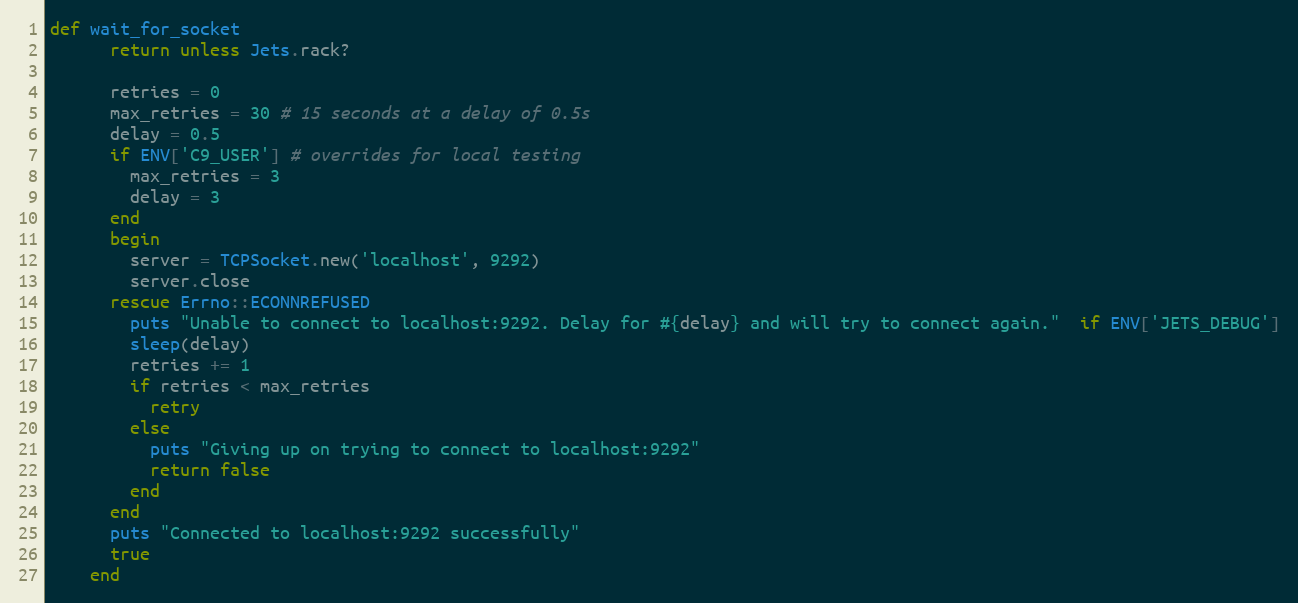
Language: Ruby
def wait_for_socket
      return unless Jets.rack?

      retries = 0
      max_retries = 30 # 15 seconds at a delay of 0.5s
      delay = 0.5
      if ENV['C9_USER'] # overrides for local testing
        max_retries = 3
        delay = 3
      end
      begin
        server = TCPSocket.new('localhost', 9292)
        server.close
      rescue Errno::ECONNREFUSED
        puts "Unable to connect to localhost:9292. Delay for #{delay} and will try to connect again."  if ENV['JETS_DEBUG']
        sleep(delay)
        retries += 1
        if retries < max_retries
          retry
        else
          puts "Giving up on trying to connect to localhost:9292"
          return false
        end
      end
      puts "Connected to localhost:9292 successfully"
      true
    end